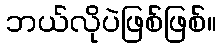
ဘယ်လိုပဲဖြစ်ဖြစ်။